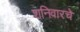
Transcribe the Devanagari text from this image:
शनिवारचे